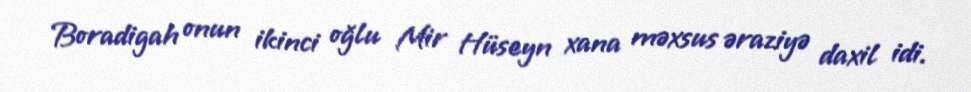
Boradigah onun ikinci oğlu Mir Hüseyn xana məxsus əraziyə daxil idi.